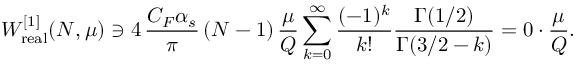
W _ { \mathrm { r e a l } } ^ { [ 1 ] } ( N , \mu ) \ni 4 \, \frac { C _ { F } \alpha _ { s } } { \pi } \, ( N - 1 ) \, \frac { \mu } { Q } \sum _ { k = 0 } ^ { \infty } \frac { ( - 1 ) ^ { k } } { k ! } \frac { \Gamma ( 1 / 2 ) } { \Gamma ( 3 / 2 - k ) } = 0 \cdot \frac { \mu } { Q } .